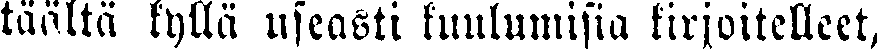
täältä kyllä useasti kuulumisia kirjoitelleet,